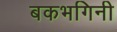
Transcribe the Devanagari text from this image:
बकभगिनी